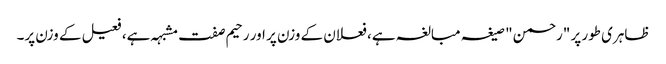
ظاہری طور پر "رحمن" صیغہ مبالغہ ہے، فعلان کے وزن پر اور رحیم صفت مشبہہ ہے، فعیل کے وزن پر۔